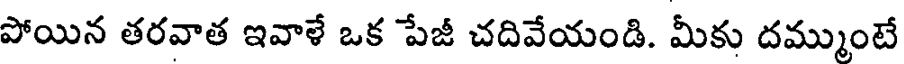
పోయిన తరవాత ఇవాళే ఒక పేజీ చదివేయండి. మీకు దమ్ముంటే